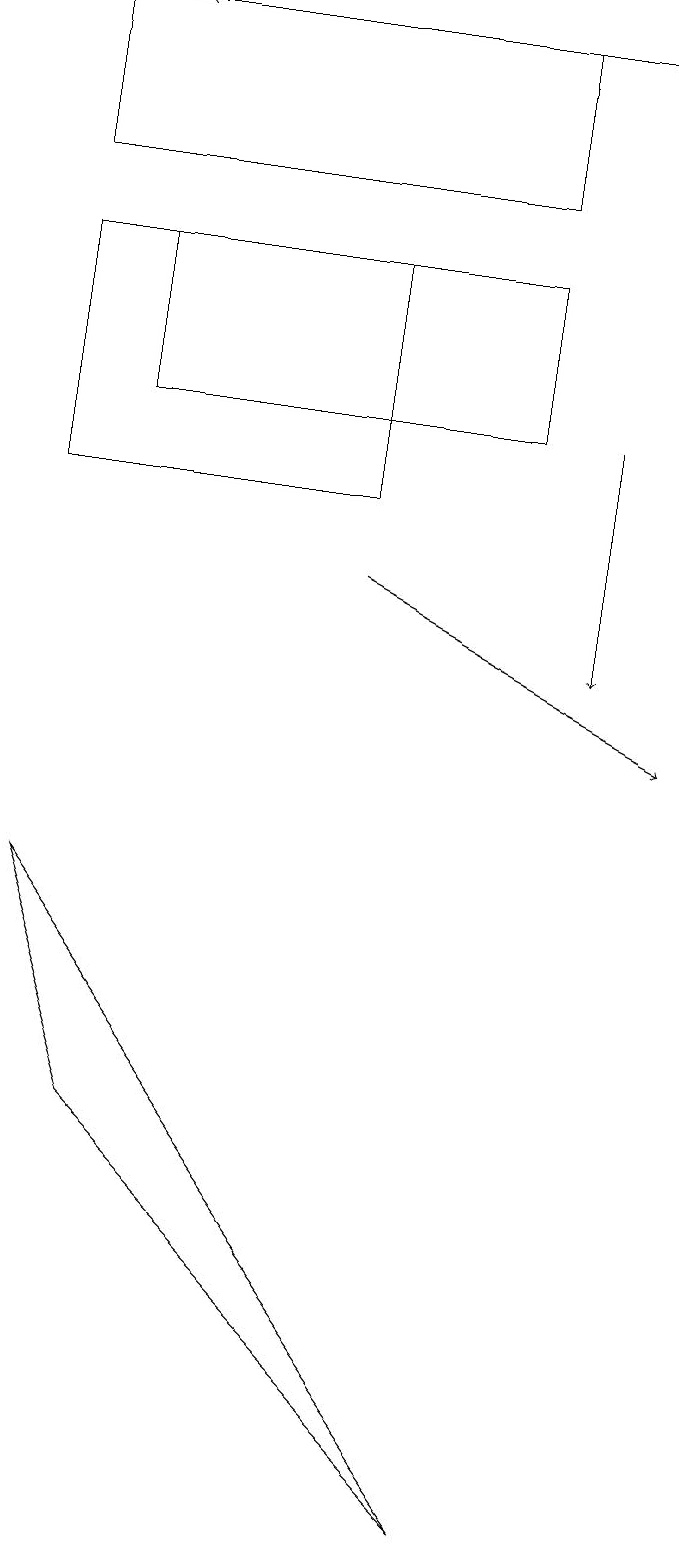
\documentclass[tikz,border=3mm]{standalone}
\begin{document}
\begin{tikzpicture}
\draw[->] (7,14) -- (7,11);
\draw (6,17) rectangle (0,19);
\draw (1,5) -- (0,8) -- (6,0) -- cycle;
\draw[->] (4,12) -- (8,10);
\draw (6,14) rectangle (1,16);
\draw[->] (7,19) -- (1,19);
\draw (0,13) rectangle (4,16);
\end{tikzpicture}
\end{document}